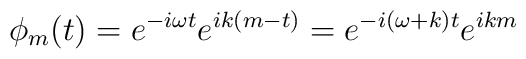
\phi_m(t) = e^{-i \omega t}e^{ik(m-t)}=e^{-i (\omega+k) t}e^{ikm}